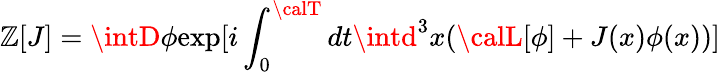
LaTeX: \mathbb{Z}[J]=\intD\phi\mathrm{{exp}}[i\int_{0}^{\calT}dt\intd^{3}x({\calL}[\phi]+J(x)\phi(x))]